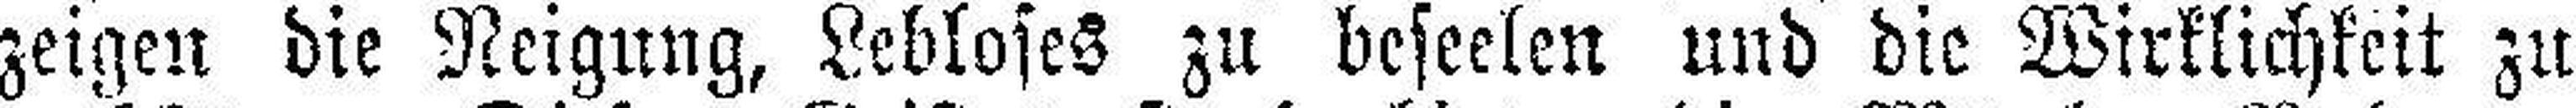
zeigen die Neigung, Lebloses zu beseelen und die Wirklichkeit zu